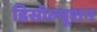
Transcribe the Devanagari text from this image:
डिसॉल्यूशन